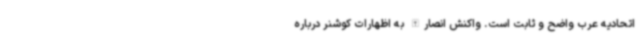
اتحادیه عرب واضح و ثابت است. واکنش انصارالله به اظهارات کوشنر درباره